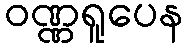
ဝဏ္ဏရူပေန